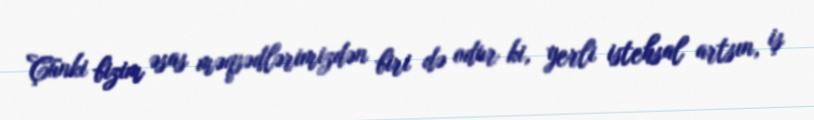
Çünki bizim əsas məqsədlərimizdən biri də odur ki, yerli istehsal artsın, iş